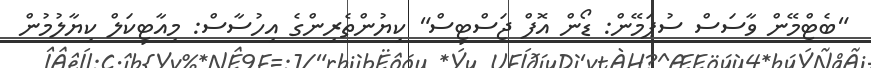
"ބެޓްމޭން ވާސަސް ސުޕަމޭން: ޑޯން އޮފް ޖަސްޓިސް" ކިޔުންތެރިންގެ އިހުސާސް: މިއާޓިކަލް ކިޔާލުމުން